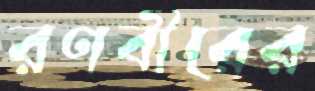
রণবীরের